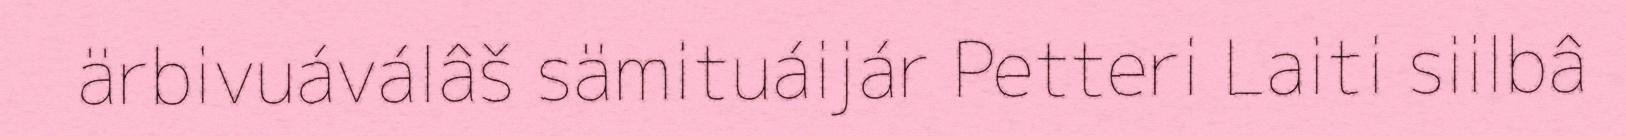
ärbivuáválâš sämituáijár Petteri Laiti siilbâ